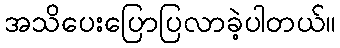
အသိပေးပြောပြလာခဲ့ပါတယ်။